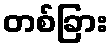
တစ်ခြား